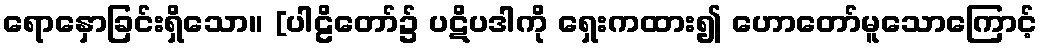
ရောနှောခြင်းရှိသော။ [ပါဠိတော်၌ ပဋိပဒါကို ရှေးကထား၍ ဟောတော်မူသောကြောင့်